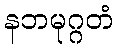
နဘမုဂ္ဂတံ